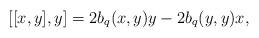
LaTeX: \begin{align*}[[x,y],y]=2b_q(x,y)y-2b_q(y,y)x,\end{align*}